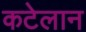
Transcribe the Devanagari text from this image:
कटेलान